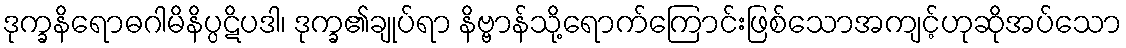
ဒုက္ခနိရောဓဂါမိနိပ္ပဋိပဒါ၊ ဒုက္ခ၏ချုပ်ရာ နိဗ္ဗာန်သို့ရောက်ကြောင်းဖြစ်သောအကျင့်ဟုဆိုအပ်သော